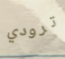
ترودي